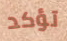
تؤكد